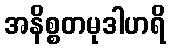
အနိစ္စတမုဒါဟရိ